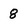
Character: 8